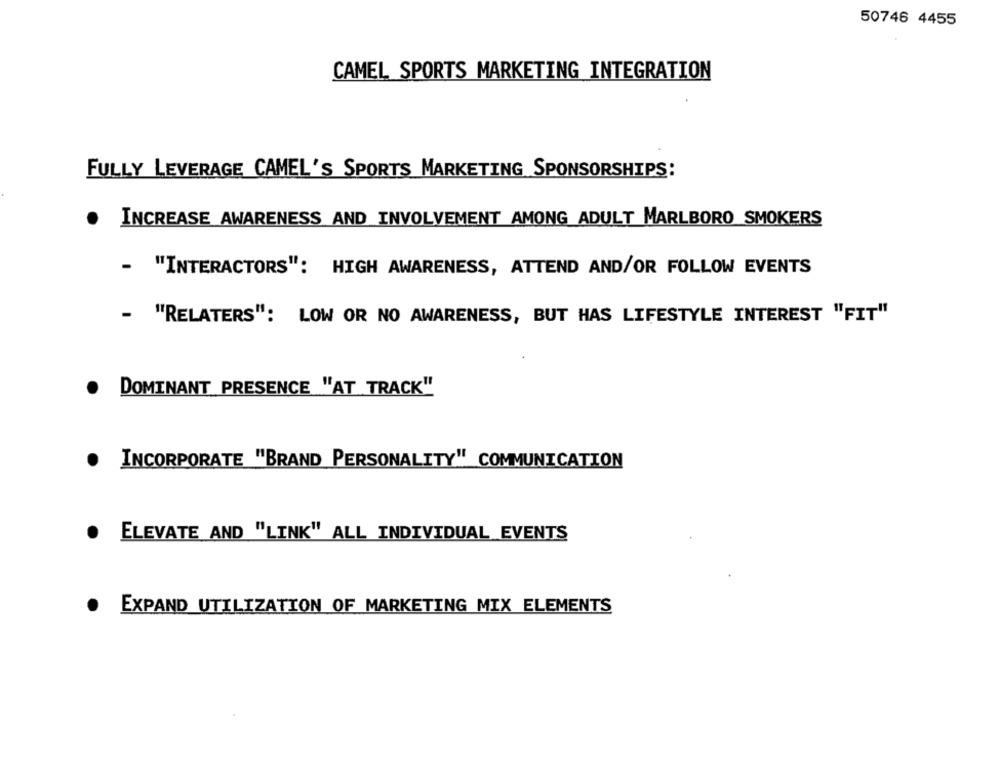
50746 4455
CAMEL SPORTS MARKETING INTEGRATION
FULLY LEVERAGE CAMEL'S SPORTS MARKETING SPONSORSHIPS:
. INCREASE AWARENESS AND INVOLVEMENT AMONG ADULT MARLBORO SMOKERS
- "INTERACTORS": HIGH AWARENESS, ATTEND AND/OR FOLLOW EVENTS
- "RELATERS": LOW OR NO AWARENESS, BUT HAS LIFESTYLE INTEREST "FIT"
. DOMINANT PRESENCE "AT TRACK"
.
INCORPORATE "BRAND PERSONALITY" COMMUNICATION
ELEVATE AND "LINK" ALL INDIVIDUAL EVENTS
EXPAND UTILIZATION OF MARKETING MIX ELEMENTS